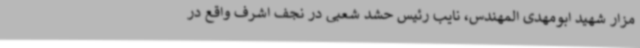
مزار شهید ابومهدی المهندس، نایب رئیس حشد شعبی در نجف اشرف واقع در